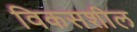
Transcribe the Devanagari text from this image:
विकसशील